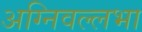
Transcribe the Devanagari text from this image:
अग्निवल्लभा